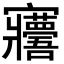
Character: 𡬑